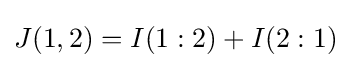
J(1,2)=I(1:2)+I(2:1)